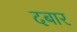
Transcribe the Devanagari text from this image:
दबार